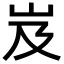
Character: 岌